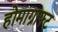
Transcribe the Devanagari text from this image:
होमाग्राफ्ट